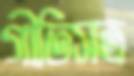
গীতিসত্র